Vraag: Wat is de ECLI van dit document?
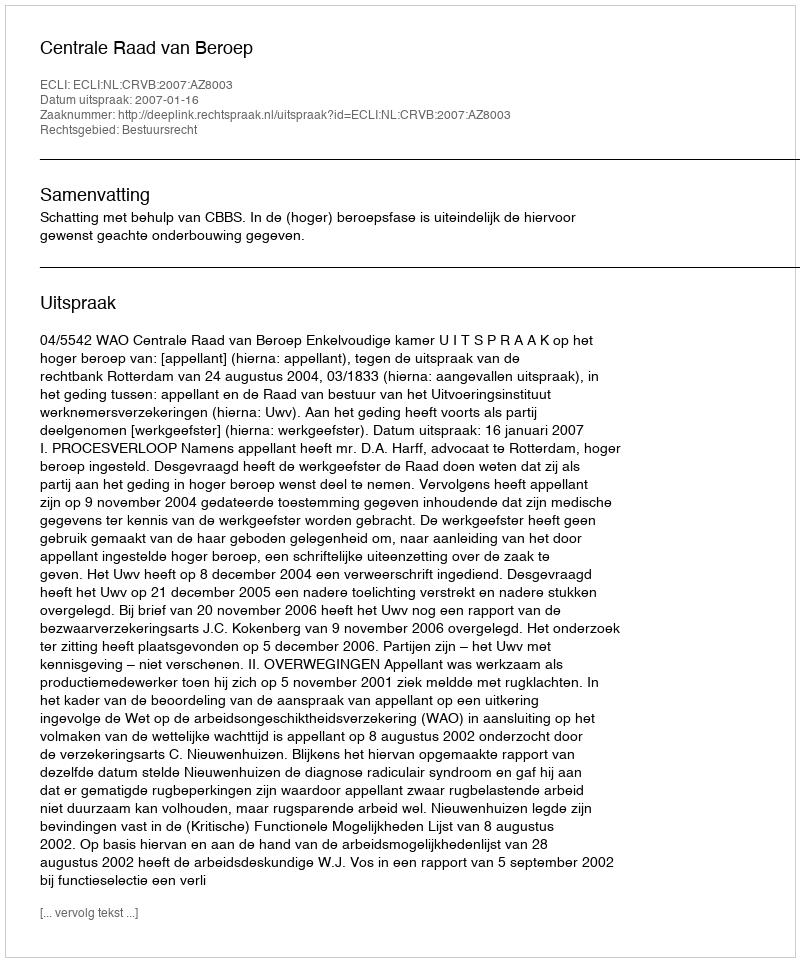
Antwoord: ECLI:NL:CRVB:2007:AZ8003